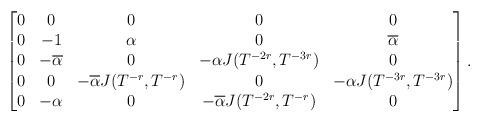
LaTeX: \begin{align*}\begin{bmatrix}0&0&0&0&0\\0&-1&\alpha&0&\overline\alpha\\0&-\overline\alpha&0&-\alpha J(T^{-2r},T^{-3r})&0\\0&0&-\overline\alpha J(T^{-r},T^{-r})&0&-\alpha J(T^{-3r},T^{-3r})\\0&-\alpha&0&-\overline\alpha J(T^{-2r},T^{-r})&0\end{bmatrix}.\end{align*}